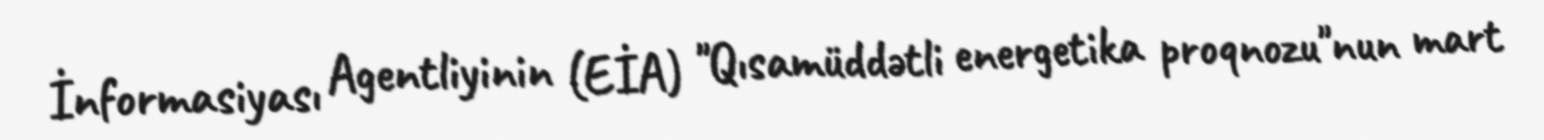
İnformasiyası Agentliyinin (EİA) "Qısamüddətli energetika proqnozu"nun mart